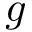
g